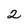
Character: 2